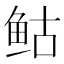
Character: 𲍌